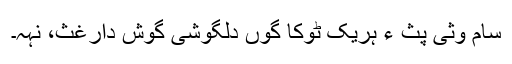
سام وثی پث ءِ ہریک ٹوکا گوں دلگوشی گوش دارغث، نہہ۔